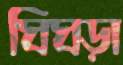
ঘিঘড়া